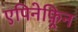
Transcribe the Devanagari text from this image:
एपिनेफ़्रिन